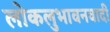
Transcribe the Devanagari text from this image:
लोकलुभावनवादी